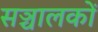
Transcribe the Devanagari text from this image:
सञ्चालकों